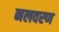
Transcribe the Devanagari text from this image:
नलवरण